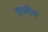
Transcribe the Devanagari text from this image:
सव्गीय